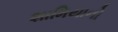
શામિયાનો